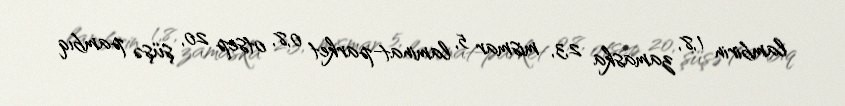
lambirin 1,8, zamaska 2,3, mismar 5, laminat-parket 0,8, otsep 20, şüşə pambıq